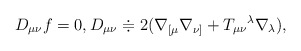
\begin{align*}D_{\mu \nu }f=0,D_{\mu \nu }\doteqdot 2(\nabla _{\lbrack \mu }\nabla_{\nu ]}+T_{\mu \nu }{}^{\lambda }\nabla _{\lambda }), \end{align*}